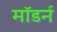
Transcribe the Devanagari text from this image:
माॅडर्न